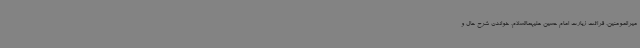
میرالمومنین، قرائت زیارت امام حسین علیهماالسلام، خواندن شرح حال و